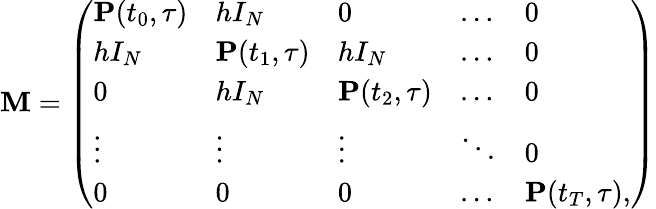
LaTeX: \begin{array}{r}{\mathbf{M}=\left(\begin{array}{lllll}{\mathbf{P}(t_{0},\tau)}&{hI_{N}}&{0}&{\dots}&{0}\\ {hI_{N}}&{\mathbf{P}(t_{1},\tau)}&{hI_{N}}&{\dots}&{0}\\ {0}&{hI_{N}}&{\mathbf{P}(t_{2},\tau)}&{\dots}&{0}\\ {\vdots}&{\vdots}&{\vdots}&{\ddots}&{0}\\ {0}&{0}&{0}&{\dots}&{\mathbf{P}(t_{T},\tau),}\end{array}\right)}\end{array}